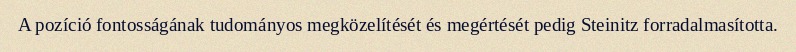
A pozíció fontosságának tudományos megközelítését és megértését pedig Steinitz forradalmasította.